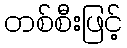
တစ်စီးဖြင့်